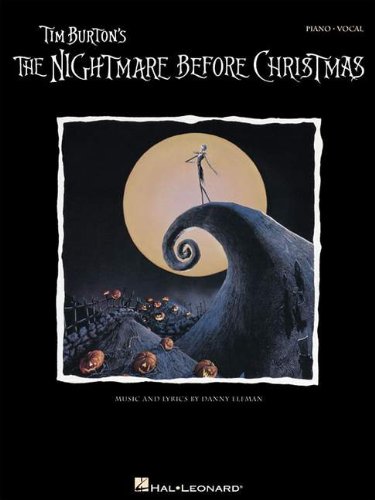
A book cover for Tim Burton's The Nightmare Before Christmas: P/V/G (Piano Vocal Series); Humor & Entertainment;